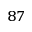
^ { 8 7 }